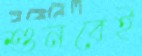
শুনবেই